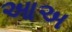
આઅ